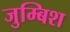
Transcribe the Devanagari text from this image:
जुम्बिश